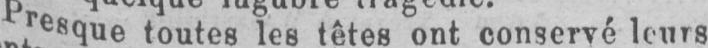
Presque toutes les têtes ont conservé leurs